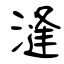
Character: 漨